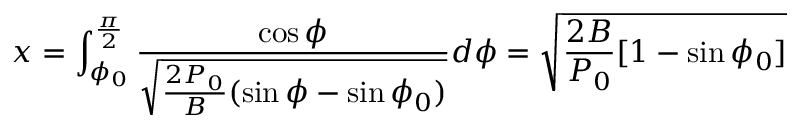
x = \int _ { \phi _ { 0 } } ^ { \frac { \pi } { 2 } } \frac { \cos \phi } { \sqrt { \frac { 2 P _ { 0 } } { B } ( \sin \phi - \sin \phi _ { 0 } ) } } d \phi = \sqrt { \frac { 2 B } { P _ { 0 } } [ 1 - \sin \phi _ { 0 } ] }